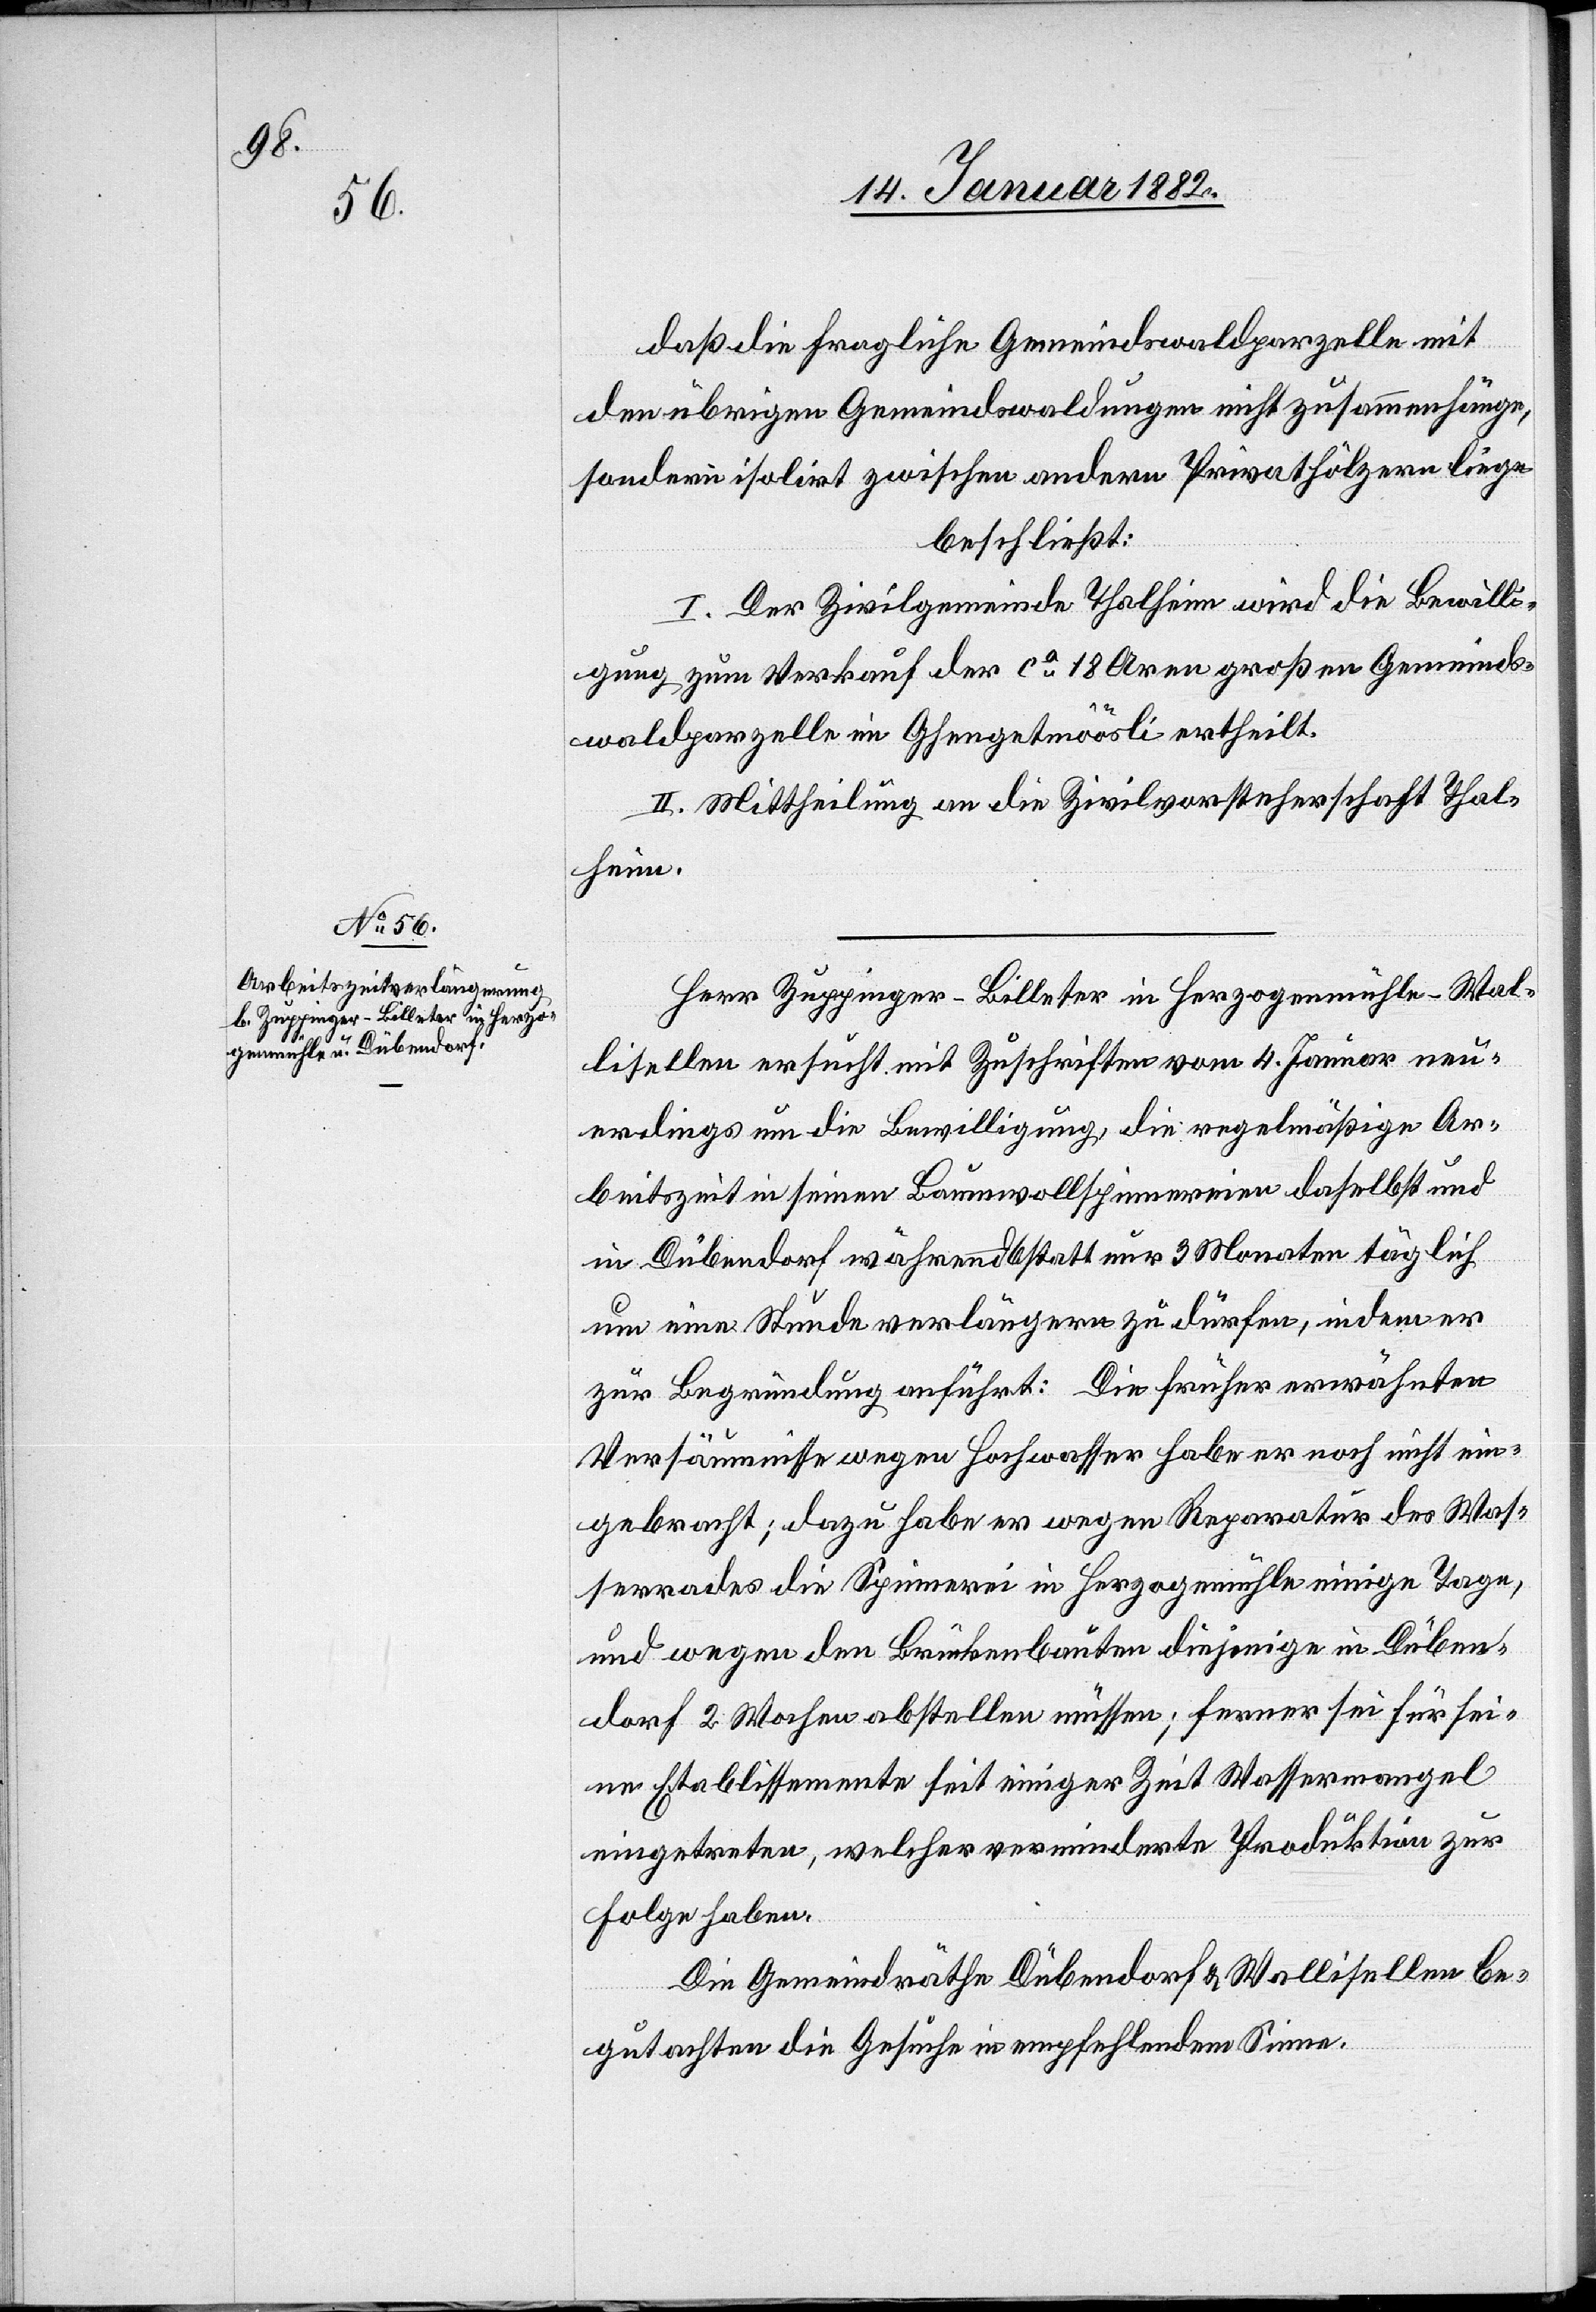
daß die fragliche Gemeindswaldparzelle mit
den übrigen Gemeindwaldungen nicht zusammenhängen,
sondern isoliert zwischen andern Privathölzern liege
beschließt:
I. Der Zivilgemeinde Thalheim wird die Bewilli¬
gung zum Verkauf der ca 18 Aren großen Gemeind¬
waldparzelle im Ghangetmöösli ertheilt.
II. Mittheilung an die Zivilvorsteherschaft Thal¬
heim.
Herr Zuppinger-Billeter in Herzogenmühle - Wal¬
lisellen ersucht mit Zuschrift vom 4. Januar neu¬
erdings um die Bewilligung, die regelmäßige Ar¬
beitszeit in seinen Baumwollspinnereien daselbst und
in Dübendorf während 6 statt 3 Monaten täglich
um eine Stunde verlängern zu dürfen, indem er
zur Begründung anführt: Die früher erwähnten
Versäumnisse wegen Hochwasser habe er noch nicht ein¬
gebracht; dazu habe er wegen Reparatur des Was¬
serrades die Spinnerei in Herzogenmühle einige Tage,
und wegen den Brückenbauten diejenige in Düben¬
dorf 2 Wochen abstellen müssen; ferner sei für sei¬
ne Etablissemente seit einiger Zeit Wassermangel
eingetreten, welcher verminderte Produktion zur
Folge habe.
Die Gemeindräthe Dübendorf & Wallisellen be¬
gutachten die Gesuche in empfehlendem Sinne.